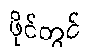
ဖိုင်တွင်